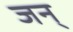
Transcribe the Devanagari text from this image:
जन्‌